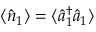
\langle \hat { n } _ { 1 } \rangle = \langle \hat { a } _ { 1 } ^ { \dagger } \hat { a } _ { 1 } \rangle